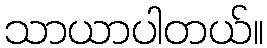
သာယာပါတယ်။